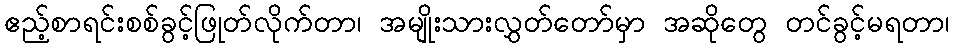
ဧည့်စာရင်းစစ်ခွင့်ဖြုတ်လိုက်တာ၊ အမျိုးသားလွှတ်တော်မှာ အဆိုတွေ တင်ခွင့်မရတာ၊